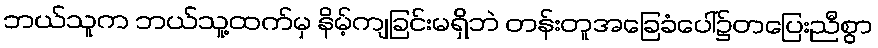
ဘယ်သူက ဘယ်သူ့ထက်မှ နိမ့်ကျခြင်းမရှိဘဲ တန်းတူအခြေခံပေါ်၌တပြေးညီစွာ